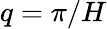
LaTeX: q=\pi/H